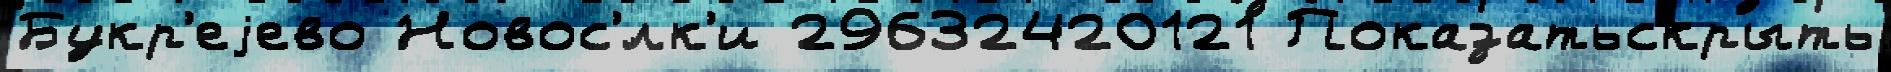
Букр'еjево Новос'́лк'и 29632420121 Показатьскрыть